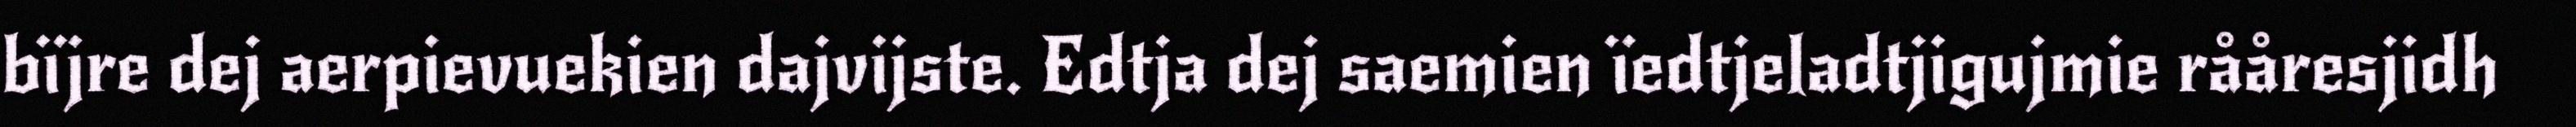
bïjre dej aerpievuekien dajvijste. Edtja dej saemien ïedtjeladtjigujmie rååresjidh